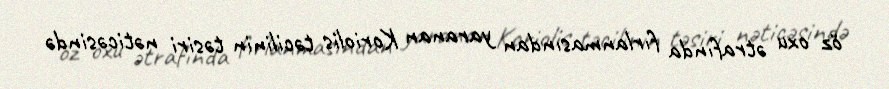
öz oxu ətrafında fırlanmasından yaranan Koriolis təcilinin təsiri nəticəsində